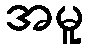
အမူ